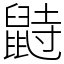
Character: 鼭